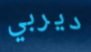
ديربي